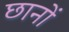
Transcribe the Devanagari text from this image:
छानों